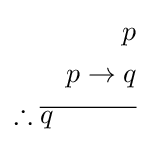
{\begin{aligned}p\\p\rightarrow q\\\therefore {\overline {q\quad \quad \quad }}\\\end{aligned}}